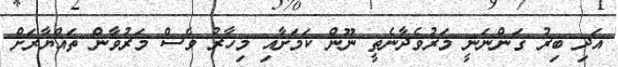
އަދި ބިރު ގަންނަނީ މަރުވެދާނެތީ ނޫން ކަމަށާއި މިހާރު ވެސް މަރުވާން ތައްޔާރަށް